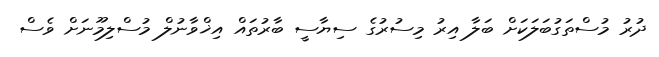
ދުރު މުސްތަގުބަލަކަށް ބަލާ އިރު މިސުރުގެ ސިޔާސީ ބާރުތައް އިޚްވާނުލް މުސްލިމޫނަށް ވެސް